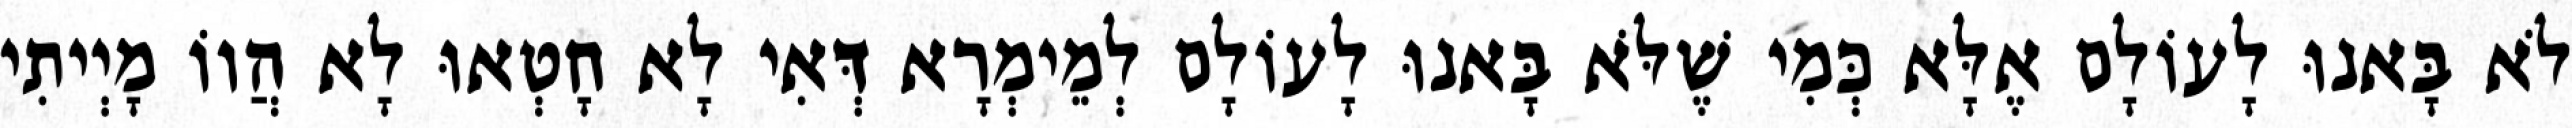
לֹא בָּאנוּ לָעוֹלָם אֶלָּא כְּמִי שֶׁלֹּא בָּאנוּ לָעוֹלָם לְמֵימְרָא דְּאִי לָא חָטְאוּ לָא הֲווֹ מָיְיתִי